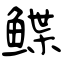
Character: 鲽